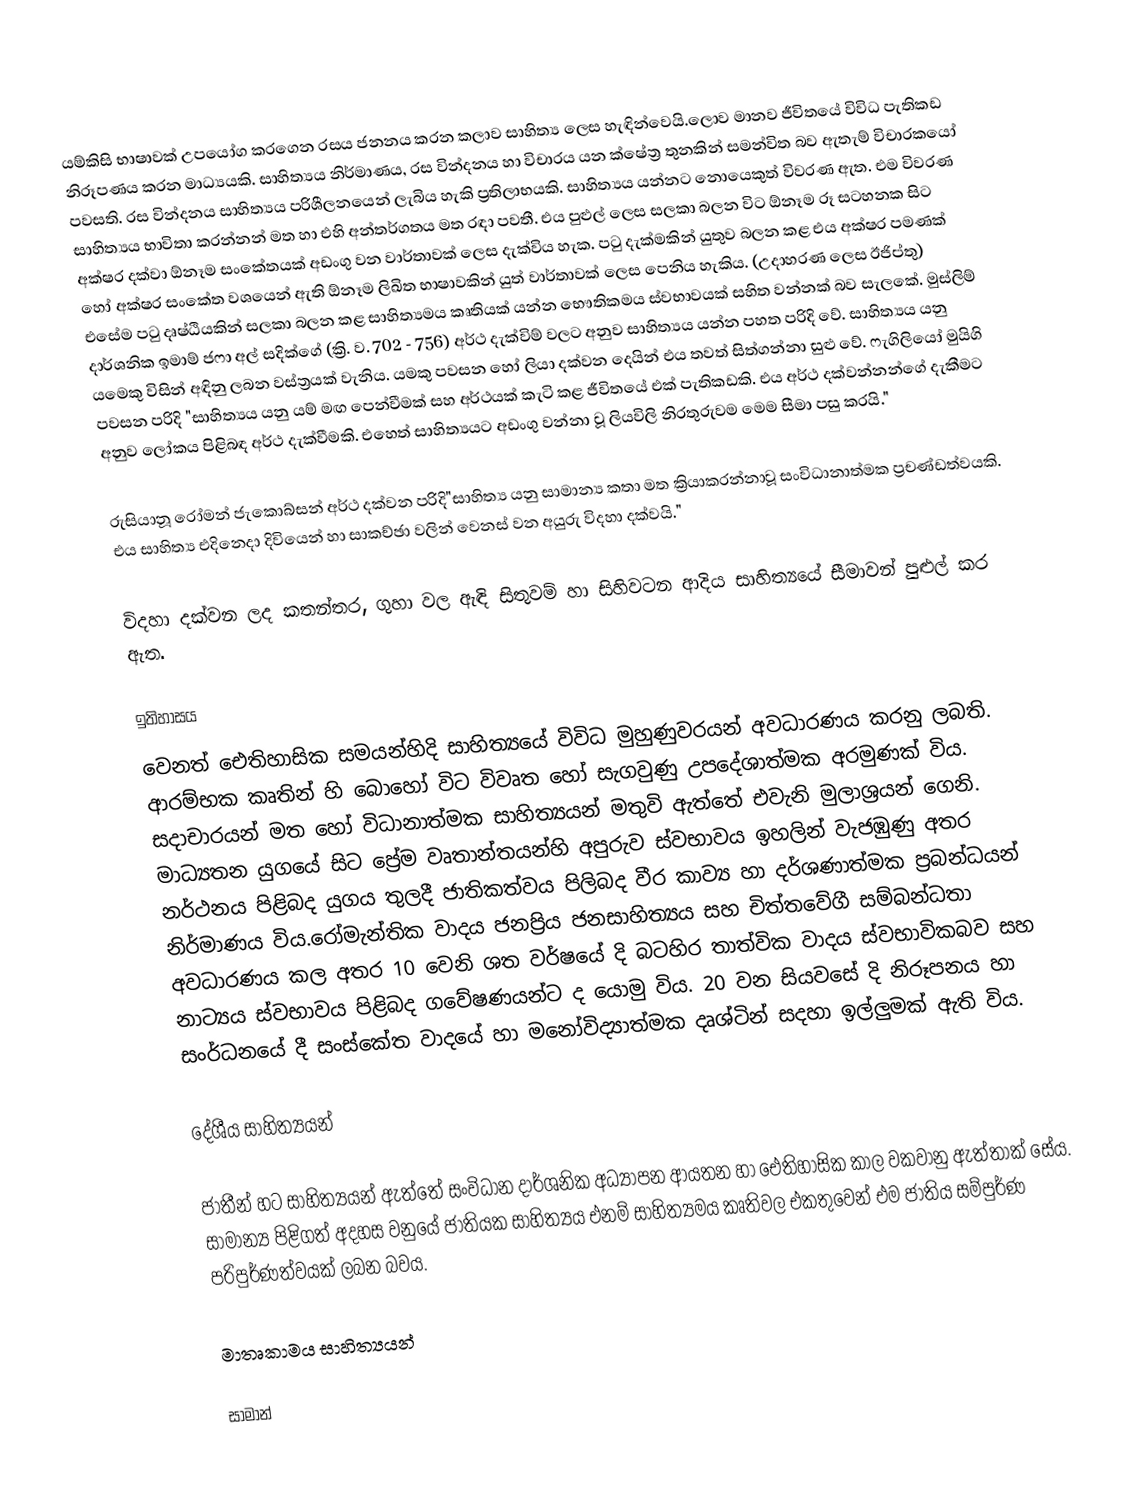
යම්කිසි භාෂාවක් උපයෝග කරගෙන  රසය ජනනය කරන කලාව සාහිත්‍ය ලෙස  හැඳින්වෙයි.ලොව  මානව ජීවිතයේ විවිධ පැතිකඩ නිරූපණය කරන මාධ්‍යයකි. සාහිත්‍යය නිර්මාණය, රස වින්දනය හා විචාරය යන ක්ෂේත්‍ර තුනකින් සමන්විත බව ඇතැම් විචාරකයෝ පවසති. රස වින්දනය සාහිත්‍යය පරිශීලනයෙන් ලැබිය හැකි ප්‍රතිලාභයකි. සාහිත්‍යය යන්නට නොයෙකුත් විවරණ ඇත. එම විවරණ සාහිත්‍යය භාවිතා කරන්නන් මත හා එහි අන්තර්ගතය මත රඳා පවතී. එය පුළුල් ලෙස සලකා බලන විට ඕනෑම රූ සටහනක සිට අක්ෂර දක්වා ඕනෑම සංකේතයක් අඩංගු වන වාර්තාවක් ලෙස දැක්විය හැක. පටු දැක්මකින් යුතුව බලන කළ එය අක්ෂර පමණක් හෝ අක්ෂර සංකේත වශයෙන් ඇති ඕනෑම ලිඛිත භාෂාවකින් යුත් වාර්තාවක් ලෙස පෙනිය හැකිය. (උදාහරණ ලෙස ඊජිප්තු) එසේම පටු දෘෂ්ඨියකින් සලකා බලන කළ සාහිත්‍යමය කෘතියක් යන්න භෞතිකමය ස්වභාවයක් සහිත වන්නක් බව සැලකේ. මුස්ලිම් දාර්ශනික ඉමාම් ජෆා අල් සදික්ගේ (ක්‍රි. ව. 702 - 756) අර්ථ දැක්විම් වලට අනුව සාහිත්‍යය යන්න පහත පරිදි වේ. සාහිත්‍යය යනු යමෙකු විසින් අඳිනු ලබන වස්ත්‍රයක් වැනිය. යමකු පවසන හෝ ලියා දක්වන දෙයින් එය තවත් සිත්ගන්නා සුළු වේ. ෆැගිලියෝ මුයිගි පවසන පරිදි "සාහිත්‍යය යනු යම් මඟ පෙන්වීමක් සහ අර්ථයක් කැටි කළ ජීවිතයේ එක් පැතිකඩකි. එය අර්ථ දක්වන්නන්ගේ දැකීමට අනුව ලෝකය පිළිබඳ අර්ථ දැක්වීමකි. එහෙත් සාහිත්‍යයට අඩංගු වන්නා වූ ලියවිලි නිරතුරුවම මෙම සීමා පසු කරයි."

රුසියානූ රෝමන් ජැකොබ්සන් අර්ථ දක්වන පරිදි"සාහිත්‍ය යනු සාමාන්‍ය කතා මත ක්‍රියාකරන්නාවූ සංවිධානාත්මක ප්‍රචණ්ඩත්වයකි. එය සාහිත්‍ය එදිනෙදා දිවියෙන් හා සාකච්ඡා වලින් වෙනස් වන අයුරු විදහා දක්වයි."

විදහා දක්වන ලද කතන්තර, ගුහා වල ඇඳි සිතුවම් හා සිහිවටන ආදිය සාහිත්‍යයේ සීමාවන් පුළුල් කර ඇත.

ඉතිහාසය
වෙනත් ඓතිහාසික සමයන්හිදි සාහිත්‍යයේ විවිධ මුහුණුවරයන් අවධාරණය කරනු ලබති. ආරම්භක කෘතින් හි බොහෝ විට විවෘත හෝ සැගවුණු උපදේශාත්මක අරමුණක් විය. සදාචාරයන් මත හෝ විධානාත්මක සාහිත්‍යයන් මතුවි ඇත්තේ එවැනි මුලාශ්‍රයන් ගෙනි. මාධ්‍යතන යුගයේ සිට ප්‍රේම වෘතාන්තයන්හි අපුරුව ස්වභාවය ඉහලින් වැජඹුණු අතර නර්ථනය පිළිබද යුගය තුලදී ජාතිකත්වය පිලිබද වීර කාව්‍ය හා දර්ශණාත්මක ප්‍රබන්ධයන් නිර්මාණය විය.රෝමැන්තික වාදය ජනප්‍රිය ජනසාහිත්‍යය සහ චිත්තවේගී සම්බන්ධතා අවධාරණය කල අතර 10 වෙනි ශත වර්ෂයේ දි බටහිර තාත්වික වාදය ස්වභාවිකබව සහ නාට්‍යය ස්වභාවය පිළිබද ගවේෂණයන්ට ද යොමු විය. 20 වන සියවසේ දි නිරූපනය හා සංර්ධනයේ දී සංස්කේත වාදයේ හා මනෝවිද්‍යාත්මක දෘශ්ටින් සදහා ඉල්ලුමක් ඇති විය.

දේශීය සාහිත්‍යයන්

ජාතීන් හට සාහිත්‍යයන් ඇත්තේ සංවිධාන දාර්ශනික අධ්‍යාපන ආයතන හා ඓතිහාසික කාල වකවානු ඇත්තාක් සේය. සාමාන්‍ය පිළිගත් අදහස වනුයේ ජාතියක සාහිත්‍යය එනම් සාහිත්‍යමය කෘතිවල එකතුවෙන් එම ජාතිය සම්පුර්ණ පරිපුර්ණත්වයක් ලබන බවය.

මාතෘකාමය සාහිත්‍යයන්

සාමාන්‍